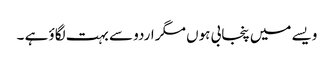
ویسے میں پنجابی ہوں مگر اردو سے بہت لگاؤ ہے ۔